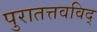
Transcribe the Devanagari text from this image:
पुरातत्तवविद्